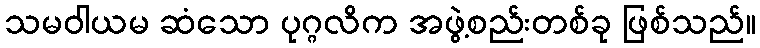
သမဝါယမ ဆံသော ပုဂ္ဂလိက အဖွဲ့စည်းတစ်ခု ဖြစ်သည်။